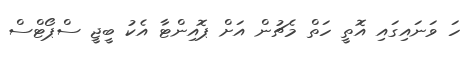
ހަ ވަނައިގައި އޮތީ ހަތް މެޗުން އަށް ޕޮއިންޓާ އެކު ބީޖީ ސްޕޯޓްސް